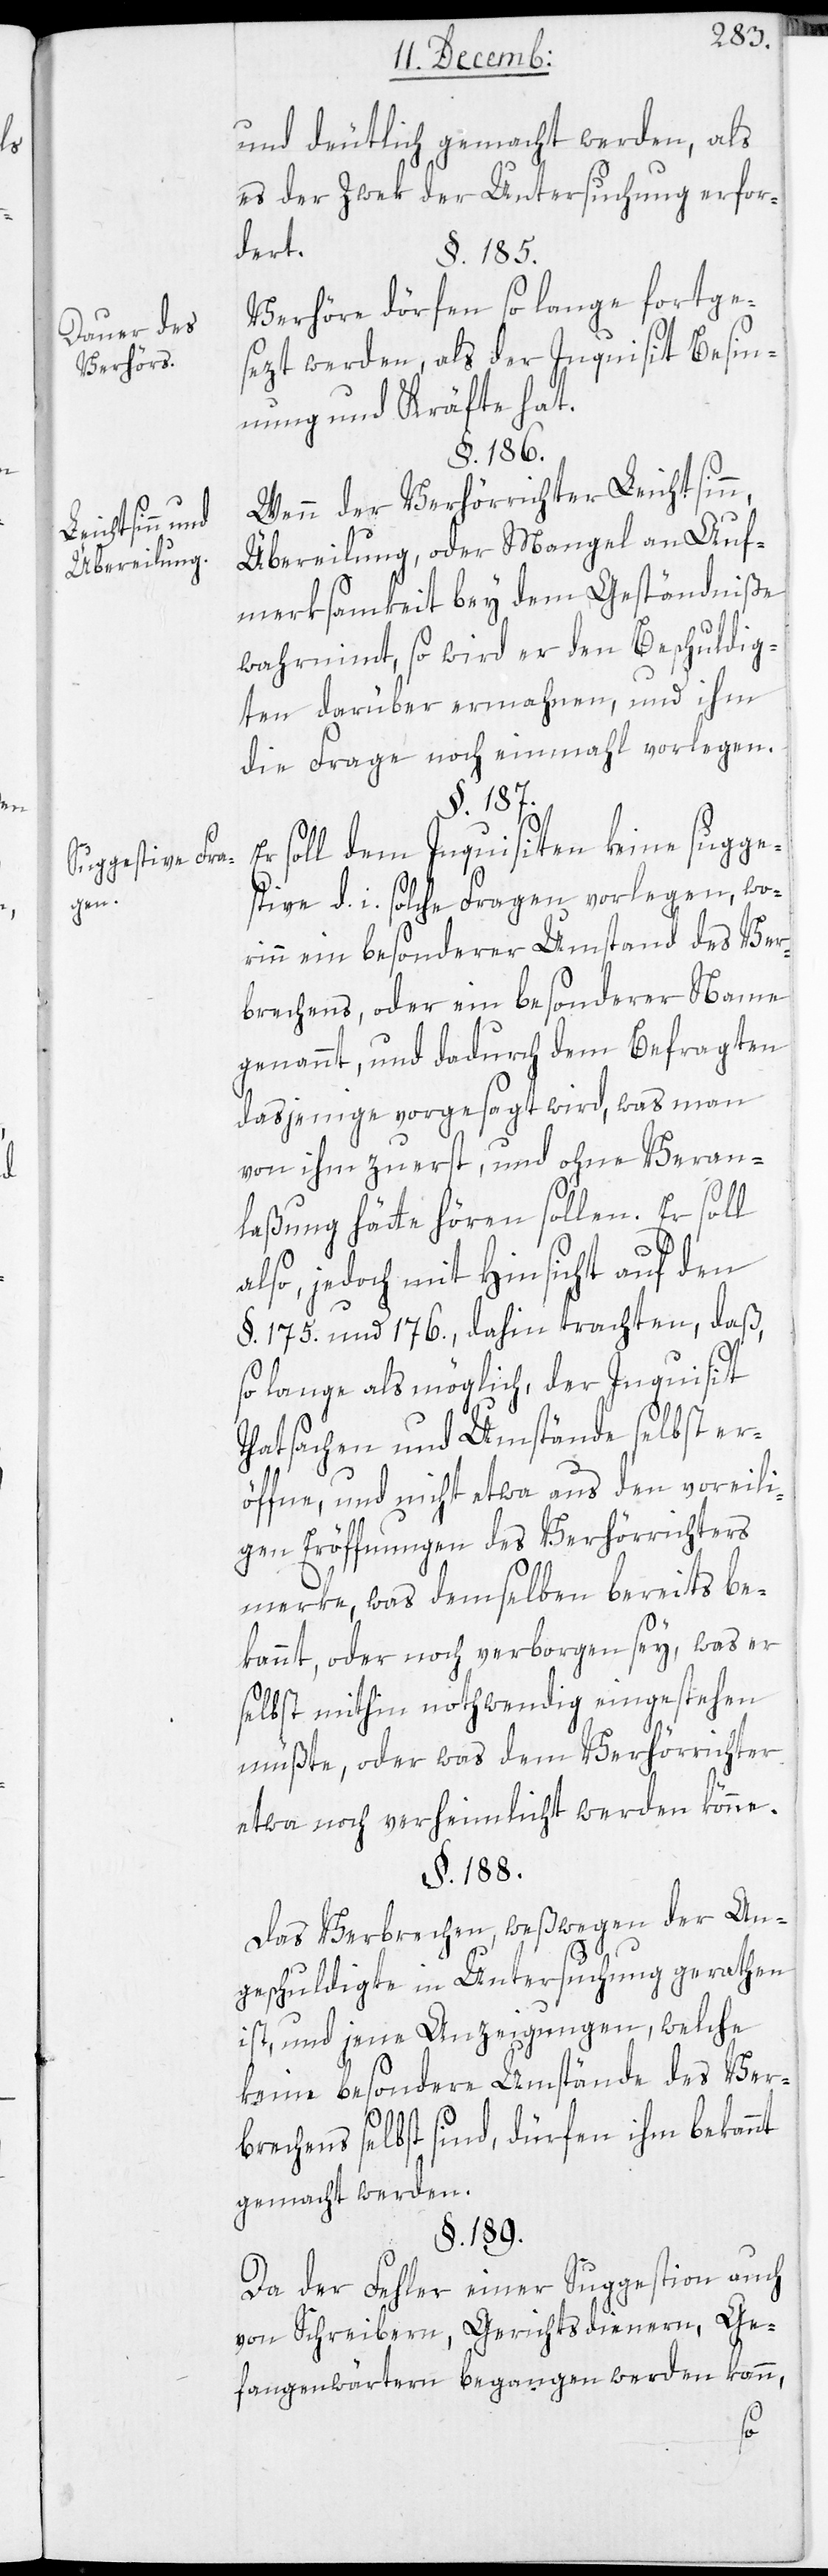
Dauer des
Verhörs.
Leichtsinn und
Übereilung.
Suggestive Fra¬
gen.

und deutlich gemacht werden, als
es der Zwek der Untersuchung erfor¬
dert.
Verhöre dörfen so lange fortge¬
sezt werden, als der Inquisit Besin¬
nung und Kräfte hat.
§. 186.
Wenn der Verhörrichter Leichtsinn,
Übereilung oder Mangel an Auf¬
merksamkeit bey dem Geständniße
wahrnimt, so wird er den Beschuldig¬
ten darüber ermahnen, und ihm
die Frage noch einmal vorlegen.
§. 187.
soll dem Inquisiten keine sugge¬
stive d. i. solche Fragen vorlegen, wo¬
rinn ein besonderer Umstand des Ver¬
brechens, oder ein besonderer Name
genannt, und dadurch dem Befragten
dasjenige vorgesagt wird, was man
von ihm zuerst, und ohne Veran¬
laßung hätte hören sollen. Er soll
also, jedoch mit Hinsicht auf den
§. 175. und 176. dahin trachten, daß,
so lange als möglich, der Inquisit
Tatsachen und Umstände selbst er¬
öffne, und nicht etwa aus den voreili¬
gen Eröffnungen des Verhörrichters
merke, was demselben bereits be¬
kannt, oder noch verborgen sey, was er
selbst mithin notwendig eingestehen
müßte, oder was dem Verhörrichter
etwa noch verheimlicht werden könne.
§. 188.
Das Verbrechen, weßwegen der An¬
geschuldigte in Untersuchung geraten
ist, und jene Anzeigungen, welche
keine besondere Umstände des Ver¬
brechens selbst sind, dürfen ihm bekannt
gemacht werden.
§. 189.
Da der Fehler einer Suggestion auch
von Schreibern, Gerichtsdienern, Ge¬
fangenwärtern begangen werden kann,
Er